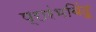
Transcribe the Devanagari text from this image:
प्रारंभबिंदू